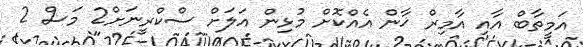
އަމީތާބް އާއި އާމިރް ޚާން އެއްކޮށް މުޅިން އަލަށް ސްކްރީނަށް2 މަސް 2